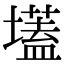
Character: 壒